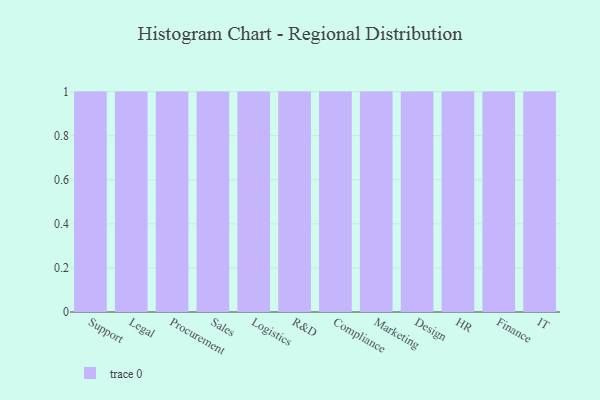
{"axis": {"x": "Department", "y": "Production Output"}, "legend": [""], "data": [{"x": "Support", "y": 24, "type": ""}, {"x": "Legal", "y": 23, "type": ""}, {"x": "Procurement", "y": 73, "type": ""}, {"x": "Sales", "y": 8, "type": ""}, {"x": "Logistics", "y": 35, "type": ""}, {"x": "R&D", "y": 36, "type": ""}, {"x": "Compliance", "y": 96, "type": ""}, {"x": "Marketing", "y": 93, "type": ""}, {"x": "Design", "y": 14, "type": ""}, {"x": "HR", "y": 80, "type": ""}, {"x": "Finance", "y": 65, "type": ""}, {"x": "IT", "y": 23, "type": ""}]}